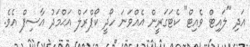
އަދި "ލައިޓް ވެއިޓް" ކެޓަގަރީން އެއްވަނަ ހޯދީ ކޯޕްރަލް އަޙްމަދު އާސިފް އެވެ.